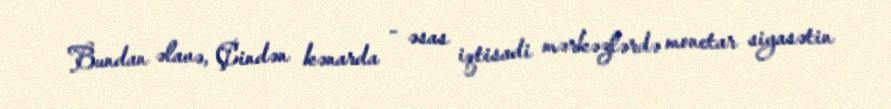
Bundan əlavə, Çindən kənarda - əsas iqtisadi mərkəzlərdə monetar siyasətin